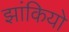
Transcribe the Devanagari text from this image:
झांकियो